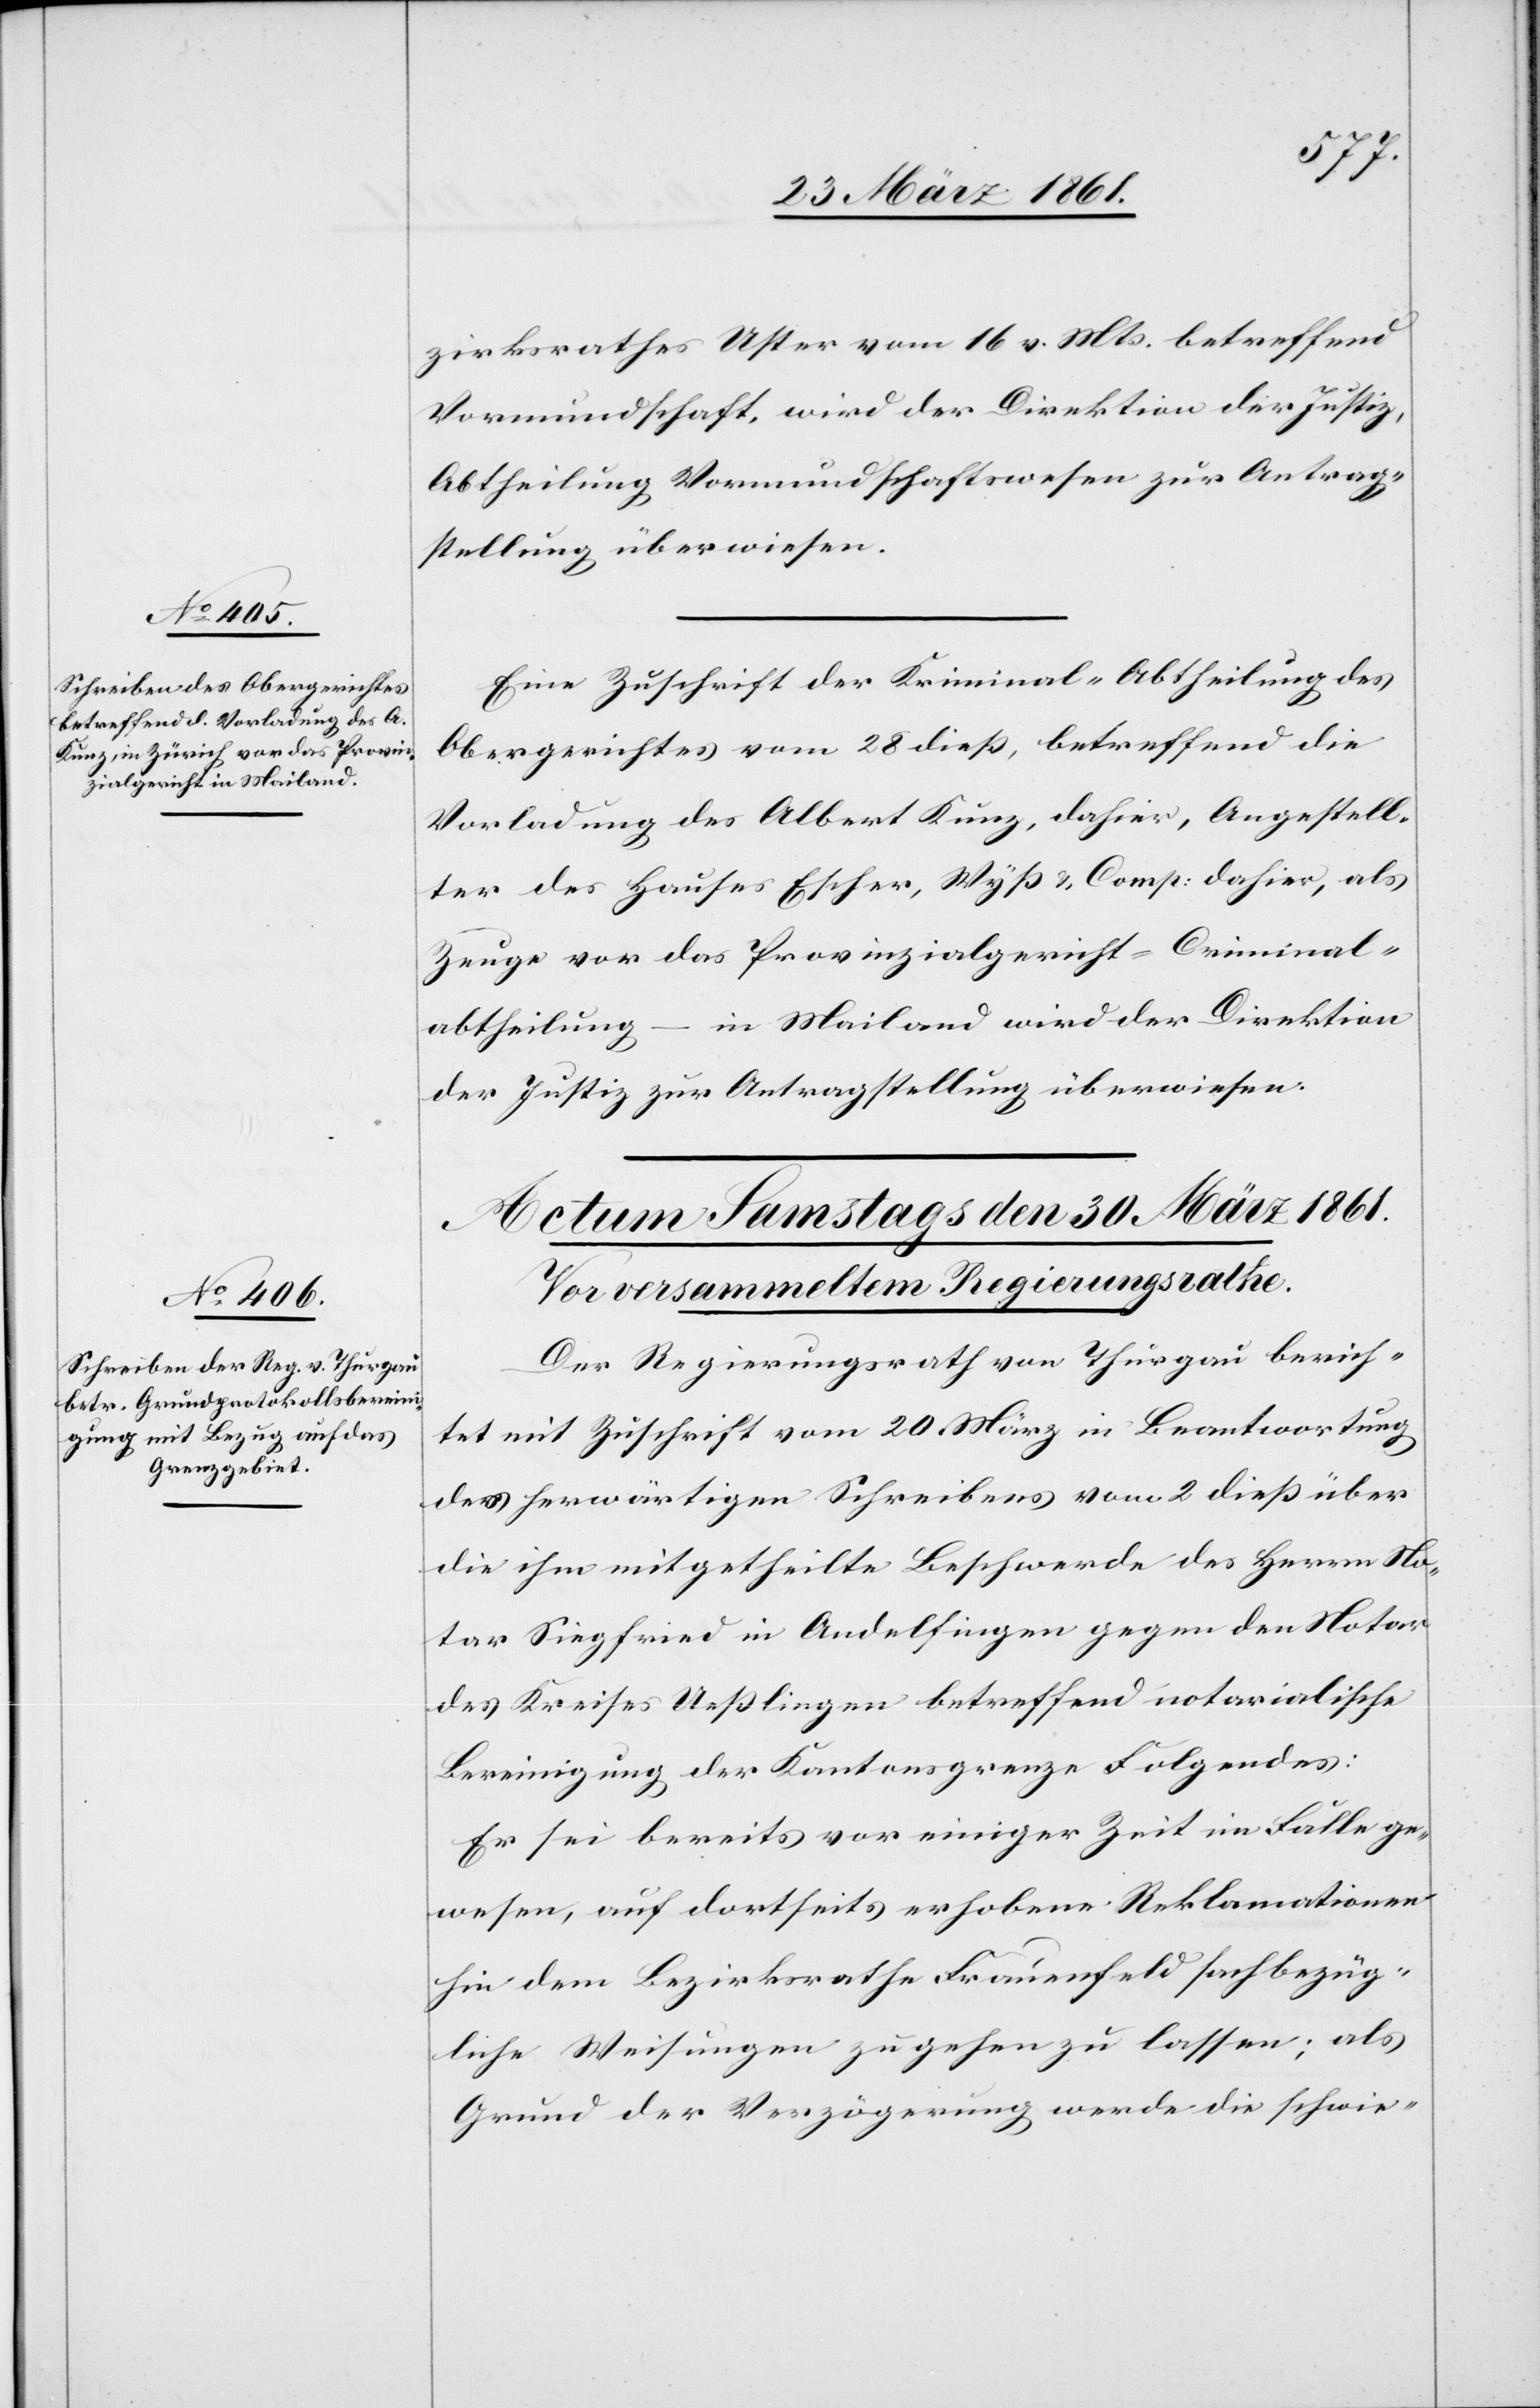
29. März 1861.]
zirksrathes Uster vom 16. v. Mts. betreffend
Vormundschaft, wird der Direktion der Justiz,
Abtheilung Vormundschaftswesen zur Antrag¬
stellung überwiesen.
Eine Zuschrift der Kriminal-Abtheilung des
Obergerichtes vom 28. dieß, betreffend die
Vorladung des Albert Kunz, dahier, Angestell¬
ter des Hauses Escher, Wyß u. Comp: dahier, als
Zeuge vor das Provinzialgericht – Criminal¬
abtheilung –in Mailand wird der Direktion
der Justiz zur Antragstellung überwiesen.
Der Regierungsrath von Thurgau berich¬
tet mit Zuschrift vom 20. März in Beantwortung
des herwärtigen Schreibens vom 2. dieß über
die ihm mitgetheilte Beschwerde des Herrn No¬
tar Siegfried in Andelfingen gegen den Notar
des Kreises Ueßlingen betreffend notarialische
Bereinigung der Kantonsgrenze Folgendes:
Er sei bereits vor einiger Zeit im Falle ge¬
wesen, auf dortseits erhobene Reklamationen
hin dem Bezirksrathe Frauenfeld sachbezüg¬
liche Weisungen zu gehen zu lassen; als
Grund der Verzögerung werde die schwie-